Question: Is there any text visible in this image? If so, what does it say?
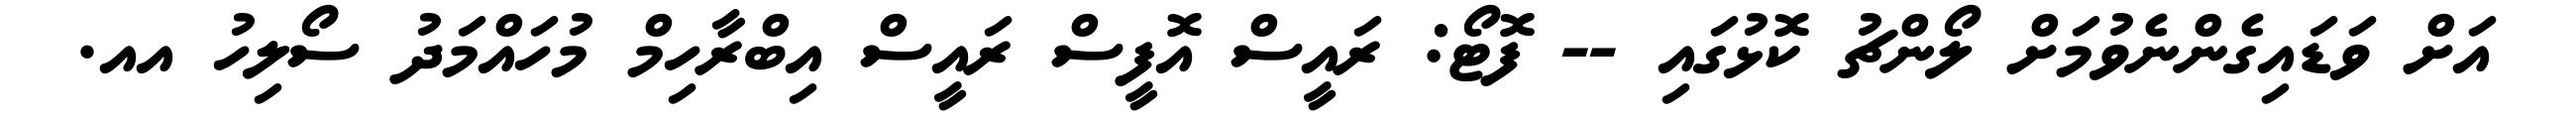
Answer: އަށް ވަޑައިގެންނެވުމަށް ލޯންޗު ކޮޅުގައި -- ފޮޓޯ: ރައީސް އޮފީސް ރައީސް އިބްރާހިމް މުހައްމަދު ސޯލިހު އއ.